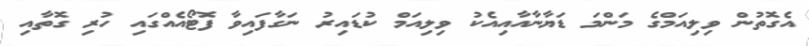
އެގޮތުން ވިލިއަމްގެ މަންމަ ޑަޔާނާއާއިއެކު ވިލިއަމް ކުޑައިރު ނަގާފައިވާ ފޮޓޯއެއްގައި ހުރި ގޮތާއި